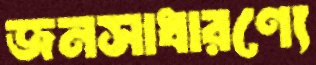
জনসাধারণ্যে